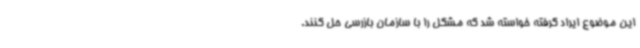
این موضوع ایراد گرفته خواسته شد که مشکل را با سازمان بازرسی حل کنند.